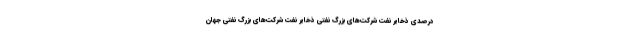
درصدی ذخایر نفت شرکت‌های بزرگ نفتی ذخایر نفت شرکت‌های بزرگ نفتی جهان